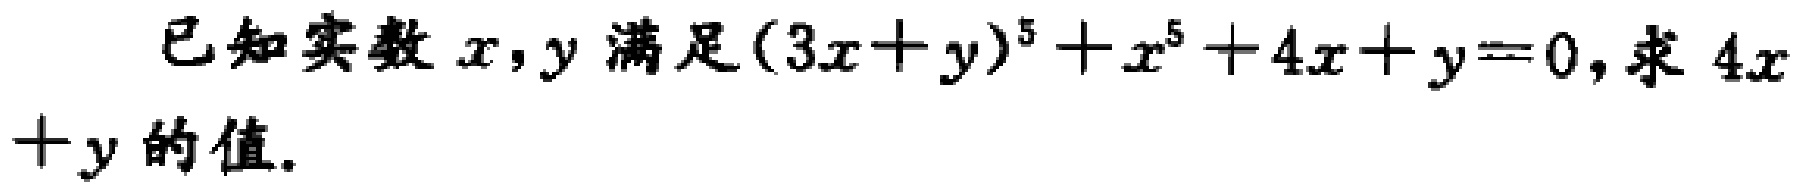
已知实数$x,y$满足$(3x + y)^{5}+x^{5}+4x + y = 0$,求$4x + y$的值.